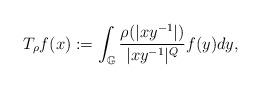
LaTeX: \begin{align*}T_{\rho}f(x):=\int_{\mathbb{G}}\frac{\rho(|xy^{-1}|)}{|xy^{-1}|^{Q}}f(y)dy,\end{align*}